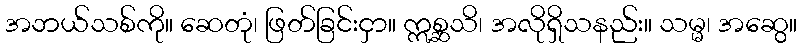
အဘယ်သစ်ကို။ ဆေတုံ၊ ဖြတ်ခြင်းငှာ။ ဣစ္ဆသိ၊ အလိုရှိသနည်း။ သမ္မ၊ အဆွေ။